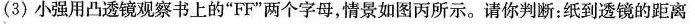
(3)小强用凸透镜观察书上的”FF”两个字母，情景如图丙所示。请你判断：纸到透镜的距离